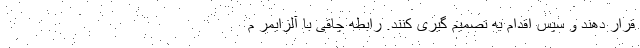
قرار دهند و سپس اقدام به تصمیم گیری کنند. رابطه چاقی با آلزایمر م